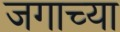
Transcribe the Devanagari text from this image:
जगाच्‍या